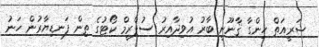
ޝަރީއަތް ހިންގާ ޤާނޫނީ ބާރު އުވިދާއިރު ސުޕްރީމް ކޯޓުގެ ތިން ފަނޑިޔާރުން ހަނު